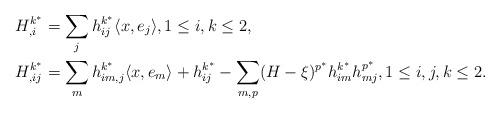
LaTeX: \begin{align*}&H_{,i}^{k^{*}}=\sum_{j}h_{ij}^{k^{*}}\langle x, e_{j}\rangle, 1\leq i,k\leq 2,\\&H_{,ij}^{k^{*}}=\sum_{m}h_{im,j}^{k^{*}}\langle x, e_{m}\rangle+h_{ij}^{k^{*}}-\sum_{m,p}(H-\xi)^{p^{*}}h_{im}^{k^{*}}h_{mj}^{p^{*}},1\leq i,j,k\leq 2.\end{align*}